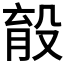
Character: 𣪟